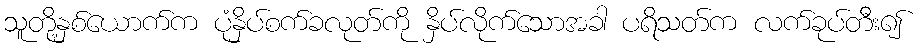
သူတို့နှစ်ယောက်က ပုံနှိပ်စက်ခလုတ်ကို နှိပ်လိုက်သောအခါ ပရိသတ်က လက်ခုပ်တီး၍